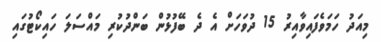
މިއަދު ހަމަވެފައިވާއިރު 15 ދުވަހަށް އެ ދެ ބޭފުޅުން ބަންދުކުރި މައްސަލަ ހައިކޯޓުގައި